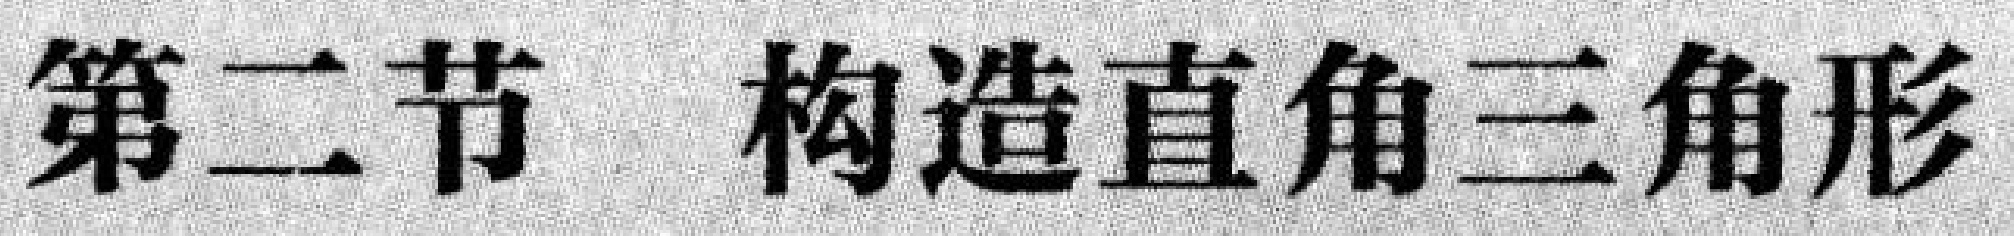
第二节 构造直角三角形